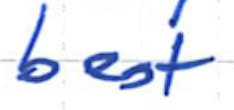
Text: best
Cross-out: clean
Writing tool: ballpoint